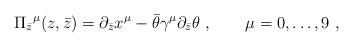
\begin{align*}\Pi_{\bar z}{}^\mu (z, \bar z)= \partial_{\bar z} x^{\mu} - \bar \theta\gamma^\mu \partial_{\bar z} \theta \ , \qquad \mu=0,\dots ,9\ ,\end{align*}